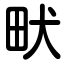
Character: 畎